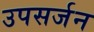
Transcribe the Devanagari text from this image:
उपसर्जन